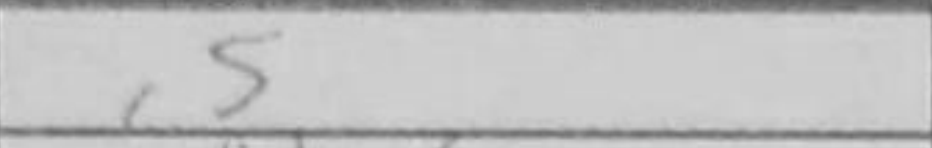
Transcription: c5